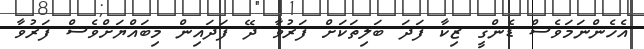
އެހެންނަމަވެސް ޑެންގީ ޒިކާ ފަދަ ބަލިތަކަށް ފަރުވާ ދޭ ފަދައިން މިބައްޔަށްވެސް ފަރުވާ